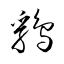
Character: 鷄